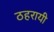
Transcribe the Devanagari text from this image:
ठहरायी